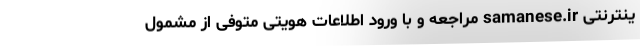
ینترنتی samanese.ir مراجعه و با ورود اطلاعات هویتی متوفی از مشمول